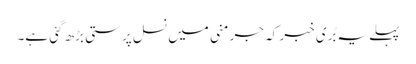
پہلے یہ بُری خبر کہ جرمنی میں نسل پرستی بڑھ گئی ہے۔